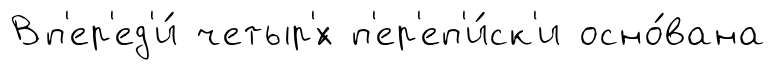
Вп'ер'ед'и́ четыр'́х п'ер'еп'и́ск'и осно́вана